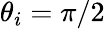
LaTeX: \theta_{i}=\pi/2